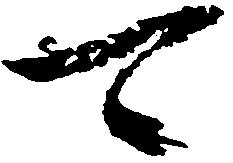
可